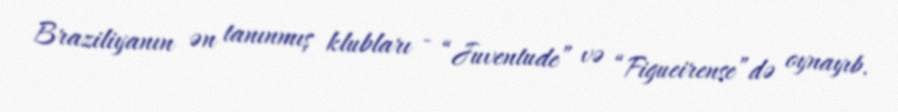
Braziliyanın ən tanınmış klubları - “Juventude” və “Figueirense”də oynayıb.